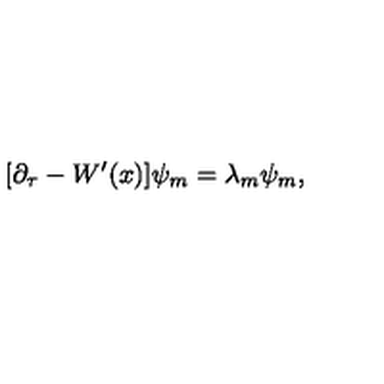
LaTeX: [ \partial _ { \tau } - W ^ { \prime } ( x ) ] \psi _ { m } = \lambda _ { m } \psi _ { m } ,